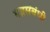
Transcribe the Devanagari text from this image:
यज्ञसंबंधी